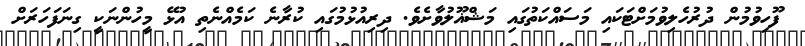
ފޫހިވުމުން ދުރުހެލިވުމަށްޓަކައި މަސައްކަތުގައި މަޝްޣޫލުވާށެވެ. ދިރިއުޅުމުގައި ކުރާނެ ކަމެއްނެތި އުޅޭ މީހުންނަކީ ގިނަފަހަރަށް